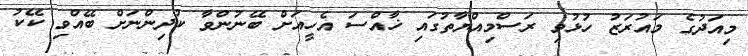
މިއަދުގެ މައުރަޒު ހުޅުވި ރަސްމިއްޔާތުގައި ޚާއްސަ އެހީއަށް ބޭނުންވާ ކުދިންނަށް ބޭއްވި ކޭކު